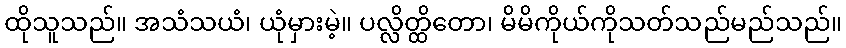
ထိုသူသည်။ အသံသယံ၊ ယုံမှားမဲ့။ ပလ္လိတ္ထိတော၊ မိမိကိုယ်ကိုသတ်သည်မည်သည်။